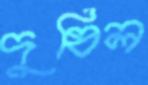
দুষিল